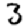
Digit: 3